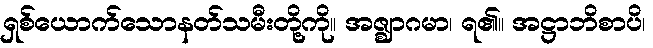
ရှစ်ယောက်သောနတ်သမီးတို့ကို။ အဇ္ဈာဂမာ၊ ရ၏။ အဋ္ဌာဘိစာပိ၊